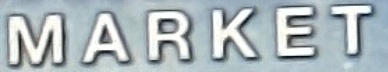
MARKET